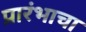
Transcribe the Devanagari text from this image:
प्रारंभाचा